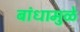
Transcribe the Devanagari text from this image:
बांधामुळे